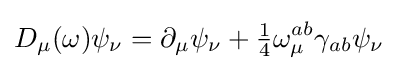
D_{\mu }(\omega )\psi _{\nu }=\partial _{\mu }\psi _{\nu }+{\tfrac {1}{4}}\omega _{\mu }^{ab}\gamma _{ab}\psi _{\nu }